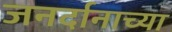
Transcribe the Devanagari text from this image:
जनर्दानाच्या